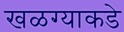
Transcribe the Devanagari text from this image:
खळग्याकडे